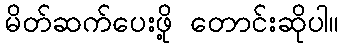
မိတ်ဆက်ပေးဖို့ တောင်းဆိုပါ။